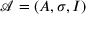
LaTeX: { \mathcal { A } } = ( A , \sigma , I )